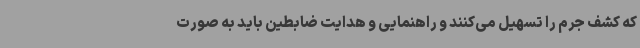
که کشف جرم را تسهیل می‌کنند و راهنمایی و هدایت ضابطین باید به صورت